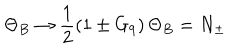
\Theta _ { B } \to \frac { 1 } { 2 } \left( 1 \pm G _ { 9 } \right) \Theta _ { B } = N _ { \pm }